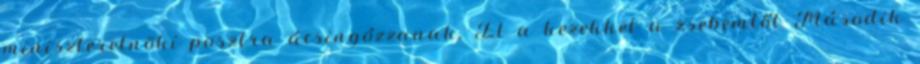
miniszterelnöki posztra ácsingózzanak. El a kezekkel a zsebemtől Második